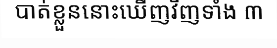
បាត់ខ្លួននោះឃើញវិញទាំង ៣